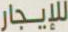
للإيجار